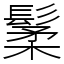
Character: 䰆